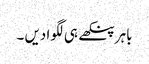
باہر پنکھے ہی لگوا دیں ۔